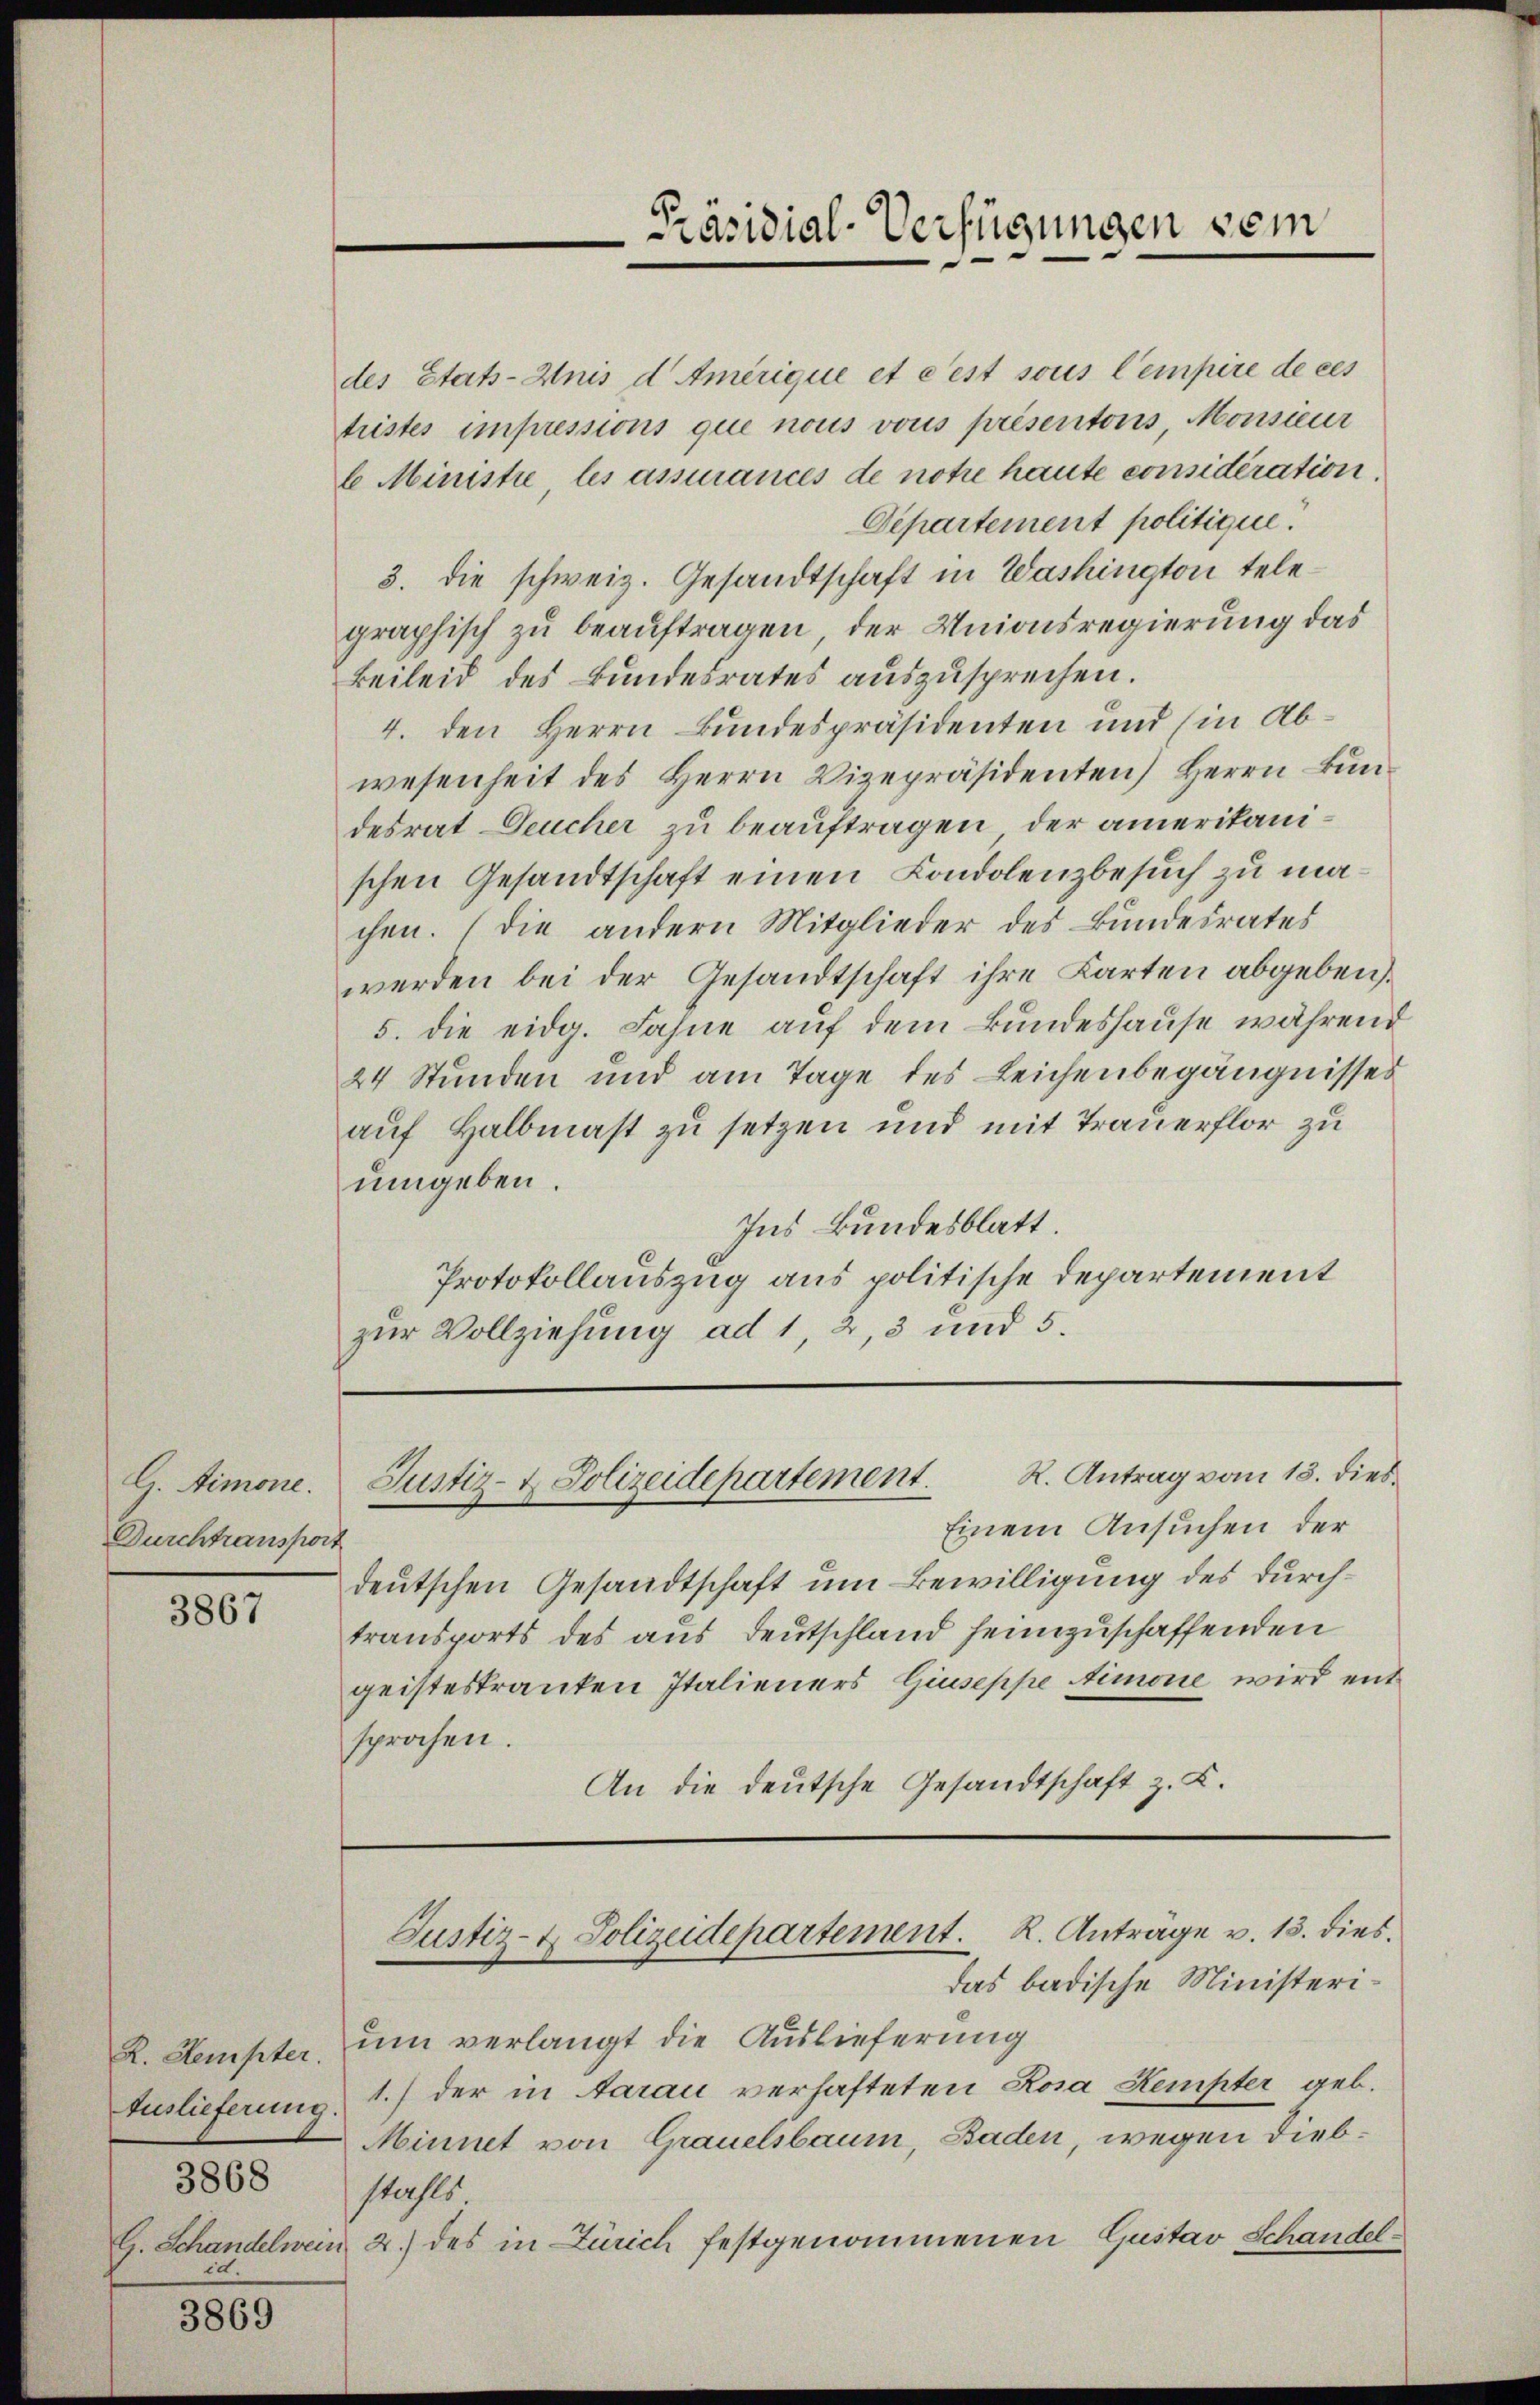
G. Simone.
Durchtransport

3867

3869

R. Stempter.
Auslieferung.
3868
id.

Präsidial-Verfügungen vom

des Stats-Anis d Amerique et c’est sous l’empire de ces
tristes impressions que nous vous présentons, Monsieur
6 Ministre les assurances de notre haute considération.
Departement politique.
3. die schweiz. Gesandtschaft in Washington telegraphisch zu beauftragen, der Unionsregierung das
Beileid des Bundesrates auszusprechen.
4. den Herrn Bundespräsidenten und (in Abwesenheit des Herrn Vizepräsidenten) Herrn Bundesrat Deucher zu beauftragen, der amerikanischen Gesandtschaft einen Londolenzbesuch zu machen. (die andern Mitglieder des Bundesrates
werden bei der Gesandtschaft ihre Karten abgeben.
5. die eidg. Fahne auf dem Bundeshause während
24 Stunden und am Tage des Leichenbegängnisses
auf Halbmast zu setzen und mit Trauerflor zu
umgeben.
Ins Bundesblatt.
Protokollauszug aus politische Departement
zur Vollziehung ad 1, 2, 3 und 5.

R. Antrag vom 18. dies
Justiz- & Polizeidepartement.

Einem Ansuchen der
deutschen Gesandtschaft um Bewilligung des durchtransports des aus Deutschland heimzuschaffenden
geisteskranken Italieners Giuseppe Aimone wird entsprochen.
An die deutsche Gesandtschaft z. K.

Justiz- & Polizeidepartement. R. Anträge v. 13. dies

das badische Ministerium verlangt die Auslieferung
1.) der in darau verhafteten Rosa Kempter geb.
Minnet von Grauelsbaum, Baden, wegen Diebstahls
G. Schandelwein 2.) des in Zürich festgenommenen Gustav Schandel¬